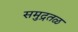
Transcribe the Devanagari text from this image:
समुद्रतळ